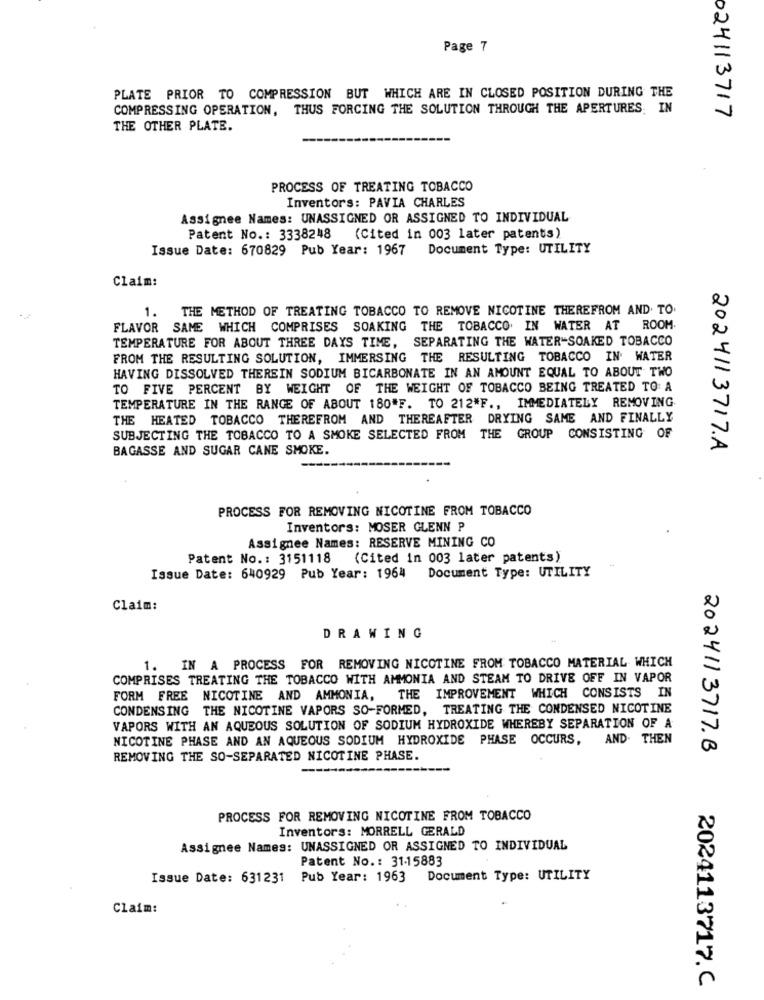
Page 7
PLATE PRIOR TO COMPRESSION BUT WHICH ARE IN CLOSED POSITION DURING THE
COMPRESSING OPERATION, THUS FORCING THE SOLUTION THROUGH THE APERTURES, IN
024113717
THE OTHER PLATE.
PROCESS OF TREATING TOBACCO
Inventors: PAVIA CHARLES
Assignee Names: UNASSIGNED OR ASSIGNED TO INDIVIDUAL
Patent No .: 3338248 (Cited in 003 later patents)
Issue Date: 670829 Pub Year: 1967
Document Type: UTILITY
Claim:
1. THE METHOD OF TREATING TOBACCO TO REMOVE NICOTINE THEREFROM AND. TO.
FLAVOR SAME WHICH COMPRISES SOAKING THE TOBACCO. IN WATER AT ROOM
TEMPERATURE FOR ABOUT THREE DAYS TIME, SEPARATING THE WATER-SOAKED TOBACCO
FROM THE RESULTING SOLUTION, IMMERSING THE RESULTING TOBACCO IN WATER
HAVING DISSOLVED THEREIN SODIUM BICARBONATE IN AN AMOUNT EQUAL TO ABOUT TWO
TO FIVE PERCENT BY WEIGHT OF THE WEIGHT OF TOBACCO BEING TREATED TO A
TEMPERATURE IN THE RANGE OF ABOUT 180"F. TO 212*F ., IMMEDIATELY REMOVING
THE HEATED TOBACCO THEREFROM AND THEREAFTER DRYING SAME AND FINALLY
SUBJECTING THE TOBACCO TO A SMOKE SELECTED FROM THE GROUP CONSISTING OF
BAGASSE AND SUGAR CANE SMOKE.
2024113717.A
PROCESS FOR REMOVING NICOTINE FROM TOBACCO
Inventors: MOSER GLENN P
Assignee Names: RESERVE MINING CO
Patent No .: 3151118 (Cited in 003 later patents)
Document Type: UTILITY
Issue Date: 640929 Pub Year: 1964
Claim:
DRAWING
1. IN A PROCESS FOR REMOVING NICOTINE FROM TOBACCO MATERIAL WHICH
COMPRISES TREATING THE TOBACCO WITH AMMONIA AND STEAM TO DRIVE OFE IN VAPOR
FORM FREE NICOTINE AND AMMONIA, THE IMPROVEMENT WHICH CONSISTS IN
CONDENSING THE NICOTINE VAPORS SO-FORMED, TREATING THE CONDENSED NICOTINE
VAPORS WITH AN AQUEOUS SOLUTION OF SODIUM HYDROXIDE WHEREBY SEPARATION OF A
NICOTINE PHASE AND AN AQUEOUS SODIUM HYDROXIDE PHASE OCCURS, AND. THEN
2024113717.B
REMOVING THE SO-SEPARATED NICOTINE PHASE.
PROCESS FOR REMOVING NICOTINE FROM TOBACCO
Inventors: MORRELL GERALD
Assignee Names: UNASSIGNED OR ASSIGNED TO INDIVIDUAL
Patent No .: 31-15883
Issue Date: 631231 Pub Year: 1963
Document Type: UTILITY
Claim:
2024113717.C